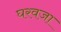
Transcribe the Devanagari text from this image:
घरवजा